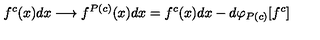
f ^ { c } ( x ) d x \longrightarrow f ^ { P ( c ) } ( x ) d x = f ^ { c } ( x ) d x - d \varphi _ { P ( c ) } [ f ^ { c } ]